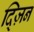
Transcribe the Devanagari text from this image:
द्ज़िन